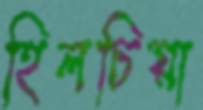
হিলচিয়া